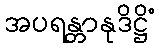
အပရန္တာနုဒိဋ္ဌိံ